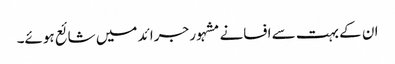
ان کے بہت سے افسانے مشہور جرائد میں شائع ہوئے۔